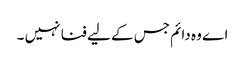
اے وہ دائم جس کے لیے فنا نہیں ۔